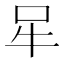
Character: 𰠧